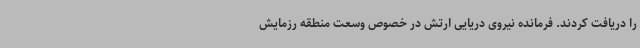
را دریافت کردند. فرمانده نیروی دریایی ارتش در خصوص وسعت منطقه رزمایش